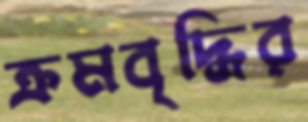
ক্রমবৃদ্ধির